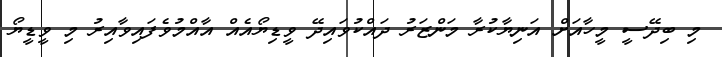
މި ބިދޭސީ މީހާއަށް އަނިޔާކުރާ މަންޒަރު ދައްކުވައިދޭ ވީޑިޔޯއެއް އާއްމުވެފައިވާއިރު މި ވީޑީޔޯ